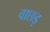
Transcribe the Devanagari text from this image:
वाछड़